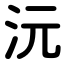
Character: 沅